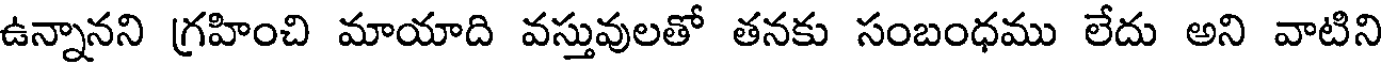
ఉన్నానని గ్రహించి మాయాది వస్తువులతో తనకు సంబంధము లేదు అని వాటిని